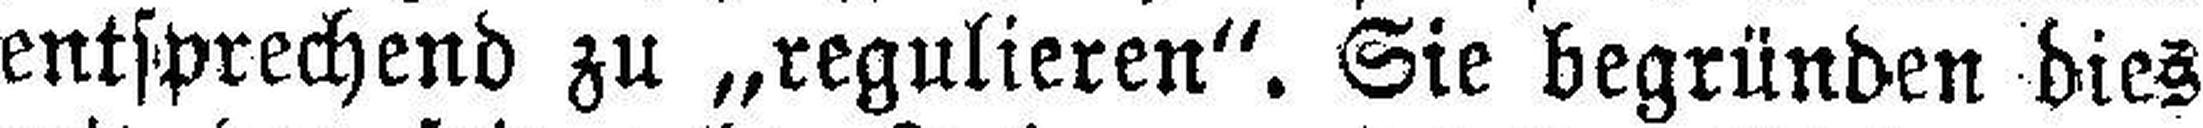
entsprechend zu „regulieren“. Sie begründen dies